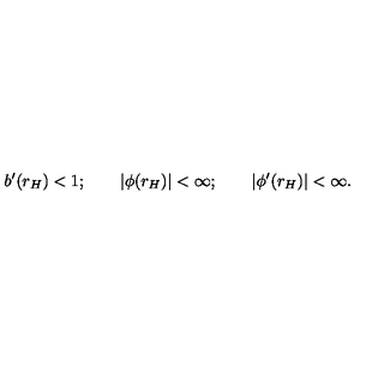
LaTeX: b ^ { \prime } ( r _ { H } ) < 1 ; \qquad | \phi ( r _ { H } ) | < \infty ; \qquad | \phi ^ { \prime } ( r _ { H } ) | < \infty .